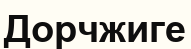
Дорчжиге